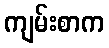
ကျမ်းစာက